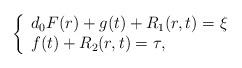
LaTeX: \begin{align*} \left\{ \begin{array}{ll} d_0 F(r) + g(t) +R_1(r,t) = \xi \\ f(t) + R_2(r,t) =\tau, \end{array} \right. \end{align*}